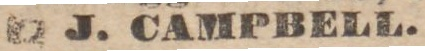
J. CAMPBELL.